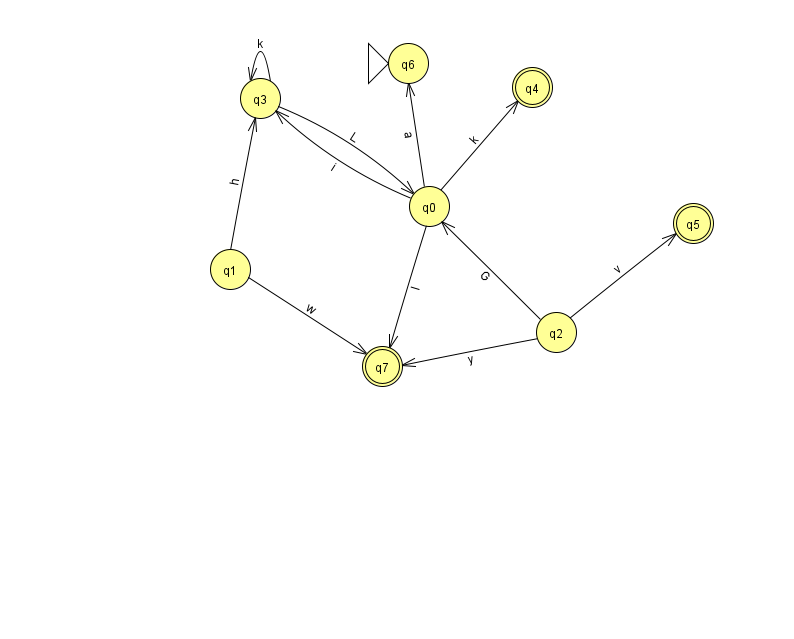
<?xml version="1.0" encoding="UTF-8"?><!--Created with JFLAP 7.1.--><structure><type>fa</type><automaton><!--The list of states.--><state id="0" name="q0"><x>429.0</x><y>193.0</y></state><state id="1" name="q1"><x>230.0</x><y>256.0</y></state><state id="2" name="q2"><x>556.0</x><y>319.0</y></state><state id="3" name="q3"><x>260.0</x><y>85.0</y></state><state id="4" name="q4"><x>532.0</x><y>74.0</y><final/></state><state id="5" name="q5"><x>693.0</x><y>210.0</y><final/></state><state id="6" name="q6"><x>408.0</x><y>50.0</y><initial/></state><state id="7" name="q7"><x>382.0</x><y>353.0</y><final/></state><!--The list of transitions.--><transition><from>0</from><to>4</to><read>k</read></transition><transition><from>2</from><to>5</to><read>v</read></transition><transition><from>0</from><to>6</to><read>a</read></transition><transition><from>1</from><to>7</to><read>w</read></transition><transition><from>2</from><to>7</to><read>y</read></transition><transition><from>0</from><to>3</to><read>i</read></transition><transition><from>2</from><to>0</to><read>G</read></transition><transition><from>3</from><to>3</to><read>k</read></transition><transition><from>3</from><to>0</to><read>L</read></transition><transition><from>1</from><to>3</to><read>h</read></transition><transition><from>0</from><to>7</to><read>l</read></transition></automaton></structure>